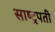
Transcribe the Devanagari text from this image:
साष्ट्रपती